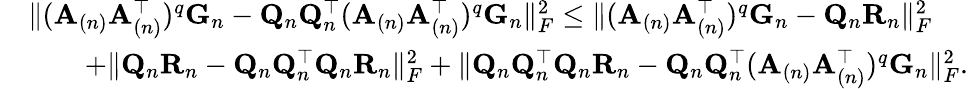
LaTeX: \begin{array}{rl}&{\| (\mathbf{A}_{(n)}\mathbf{A}_{(n)}^{\top})^{q}\mathbf{G}_{n}-\mathbf{Q}_{n}\mathbf{Q}_{n}^{\top}(\mathbf{A}_{(n)}\mathbf{A}_{(n)}^{\top})^{q}\mathbf{G}_{n}\| _{F}^{2}\leq\| (\mathbf{A}_{(n)}\mathbf{A}_{(n)}^{\top})^{q}\mathbf{G}_{n}-\mathbf{Q}_{n}\mathbf{R}_{n}\| _{F}^{2}}\\ &{\quad\quad+\| \mathbf{Q}_{n}\mathbf{R}_{n}-\mathbf{Q}_{n}\mathbf{Q}_{n}^{\top}\mathbf{Q}_{n}\mathbf{R}_{n}\| _{F}^{2}+\| \mathbf{Q}_{n}\mathbf{Q}_{n}^{\top}\mathbf{Q}_{n}\mathbf{R}_{n}-\mathbf{Q}_{n}\mathbf{Q}_{n}^{\top}(\mathbf{A}_{(n)}\mathbf{A}_{(n)}^{\top})^{q}\mathbf{G}_{n}\| _{F}^{2}.}\end{array}